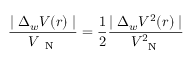
\frac { \mid \Delta _ { w } V ( r ) \mid } { V _ { \mathrm { ~ \scriptsize ~ N ~ } } } = \frac { 1 } { 2 } \frac { \mid \Delta _ { w } V ^ { 2 } ( r ) \mid } { V _ { \mathrm { ~ \scriptsize ~ N ~ } } ^ { 2 } }